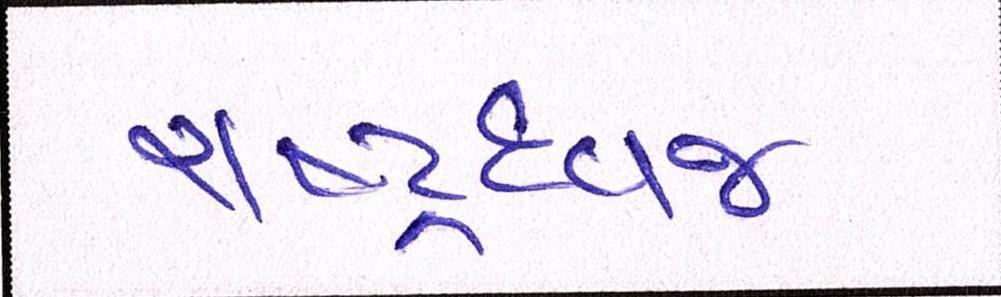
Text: રાષ્ટ્રધ્વજ